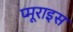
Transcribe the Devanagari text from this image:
प्मूराइस